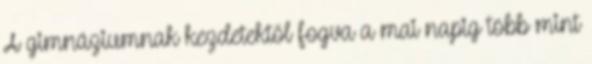
A gimnáziumnak kezdetektől fogva a mai napig több mint